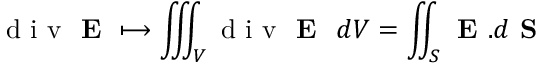
\textrm { d i v } \textbf { E } \longmapsto \iiint _ { V } \textrm { d i v } \textbf { E } \ d V = \iint _ { S } \textbf { E } . d \textbf { S }